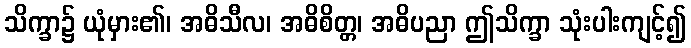
သိက္ခာ၌ ယုံမှား၏၊ အဓိသီလ၊ အဓိစိတ္တ၊ အဓိပညာ ဤသိက္ခာ သုံးပါးကျင့်၍